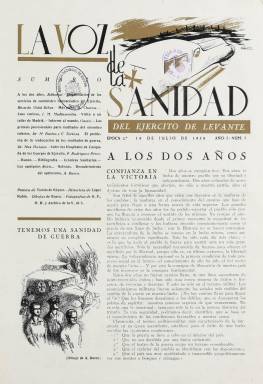
Título: La Voz de la sanidad del Ejército de Levante
Otros títulos: Voz de la sanidad
Colección: Medicina militar || Guerra civil
Ámbito geográfico: Valencia
Lugar de publicación: Valencia
Fechas: 18/07/1938-31/12/1938